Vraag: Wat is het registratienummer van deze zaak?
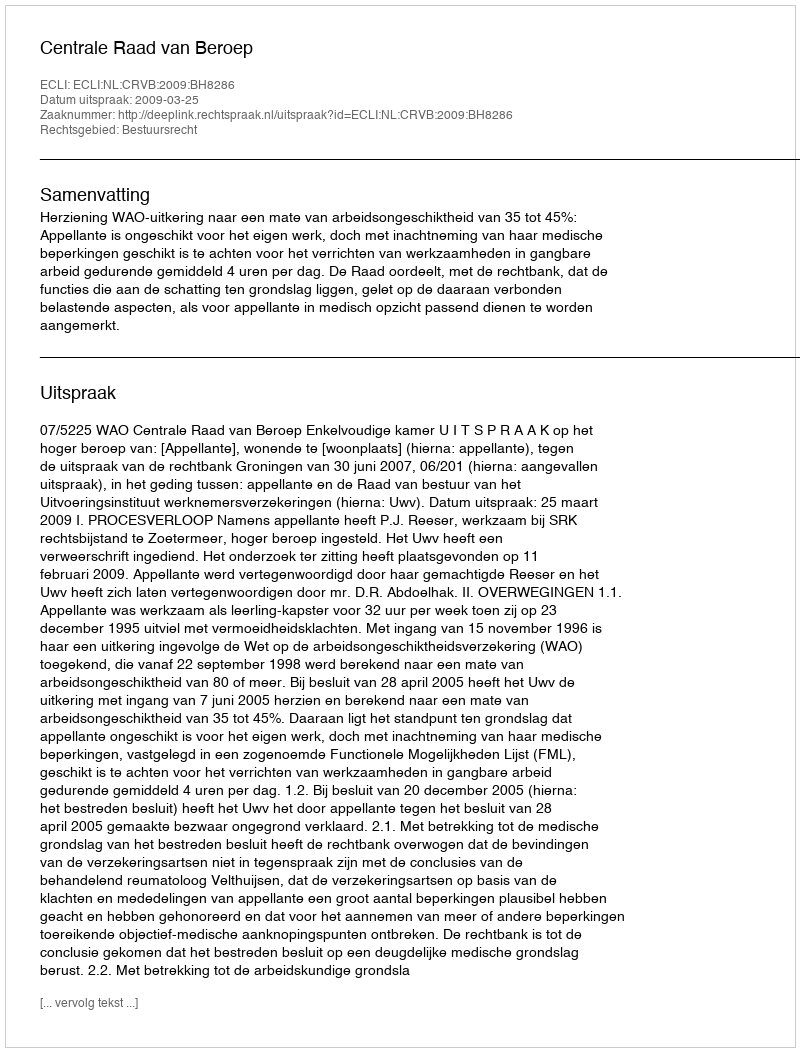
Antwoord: http://deeplink.rechtspraak.nl/uitspraak?id=ECLI:NL:CRVB:2009:BH8286